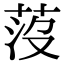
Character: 莈